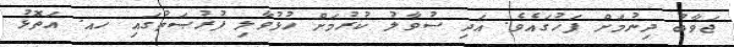
ޖަވާބު ދިނުމަށް ފަހުގައެވެ. އަދި ސުވާލު ކުރުމަށް ހުޅުވާލި ފުރުޞަތުގައި ހއ. އަތޮޅު